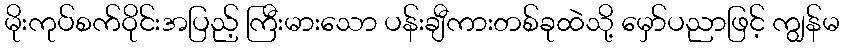
မိုးကုပ်စက်ဝိုင်းအပြည့် ကြီးမားသော ပန်းချီကားတစ်ခုထဲသို့ မှော်ပညာဖြင့် ကျွန်မ